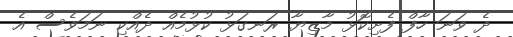
ދެ ވަނަ ހާފް ފެށިކޮޅު މާޒިޔާ ރަނގަޅު ކުޅުމެއް ދެއްކި ނަމަވެސް އެ